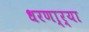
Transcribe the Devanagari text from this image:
धरणा्र्‍या